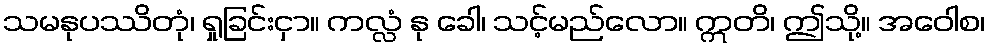
သမနုပဿိတုံ၊ ရှုခြင်းငှာ။ ကလ္လံ နု ခေါ၊ သင့်မည်လော။ ဣတိ၊ ဤသို့။ အဝေါစ၊